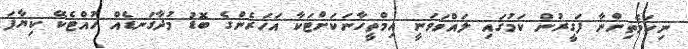
ނިކަމެތިންނާ ފަގީރުން ކަމުގައި ލައްވަވަނީ އިމްތީހާނަކަށްޓަކާ އަހަރެންގެ ބޮޑު މުދާގަނޑެއް ހުއްޓެކޭ ކިޔާފަ